Vital statistics of India. Vol. IV, Annual returns from 1871 to 1876. British Army of India, Native Army and jails of Bengal
Year: 1871
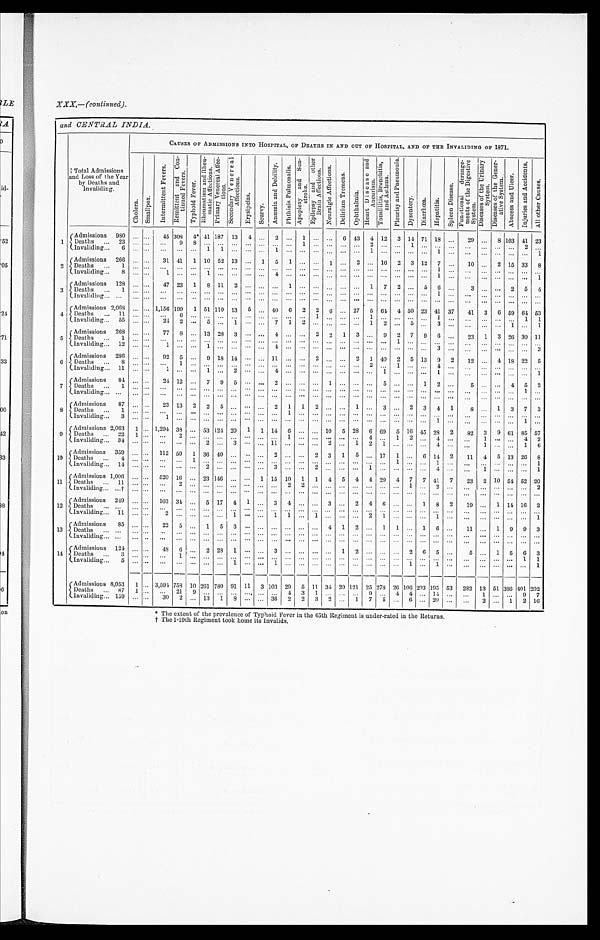
and CENTRAL INDIA.
T o t a l A d m i s s i o n s a n d L o s s o f t h e Y e a r b y D e a t h s a n d I n v a l i d i n g .
CAUSES OF ADMISSIONS INTO HOSPITAL, OF DEATHS IN AND OUT OF HOSPITAL, AND OF THE INVALIDING OF 1871.
C h o l e r a .
S m a l l p o x .
I n t e r m i t t e n t F e v e r s . R e m i t t e n t a n d C o n - t i n u e d F e v e r s .
T y p h o i d F e v e r .
R h e u m a t i s m a n d R h e u - m a t i c A f f e c t i o n s . P r i m a r y V e n e r e a l A f f e c - t i o n s .
S e c o n d a r y V e n e r e a l A f f e c t i o n s .
E r y s i p e l a s . S c u r v y .
A n æ m i a a n d D e b i l i t y .
P h t h i s i s P u l m o n a l i s .
A p o p l e x y a n d S u n - s t r o k e .
E p i l e p s y a n d o t h e r B r a i n A f f e c t i o n s .
N e u r a l g i c A f f e c t i o n s . D e h i r i u m T r e m e n s .
O p h t h a l m i a .
H e a r t D i s e a s e a n d A n e u r i s m .
T o n s i l i t i s , B r o n c h i t i s , a n d A s t h m a .
P l c u r i s y a n d P n e u m o n i a .
D y s e n t e r y .
D i a r r h œ a . H e p a t i t i s .
S p l e e n D i s e a s e .
F u n c t i o n a l d e r a n g e - m e n t s t h e D i g e s t i v e S y s t e m .
D i s e a s e s o f t h e U r i n a r y S y s t e m .
D i s e a s e s o f t h e G e n e r - a t i v e S y s t e m .
A b s c e s s a n d U l c e r .
I n j u r i e s a n d A c c i d e n t s .
A l l o t h e r C a u s e s .
1
A d m i s s i o n s 9 8 0
. . . . . . 4 5 3 0 8
4 * 4 1 1 8 7 1 3
4 . . .
2 . . .
1 . . . . . .
6 4 3
4 1 2
3 1 4 7 1 1 8 . . .
2 9 . . .
8 1 0 3 4 1 2 3
De a t h s 2 3
. . . . . . . . .
9 8 . . . . . . . . . . . . . . . . . . . . . 1 . . . . . . . . . . . . 2 . . . . . . 1 . . . . . . . . . . . .
. . . . . . . . . 2 . . .
I nval i di ng 6
. . . . . . . . .
. . . . . . 1 1 . . . . . . . . . 1 . . . . . . . . . . . . . . . . . . 1 . . . . . . . . . . . . 1 . . .
. . .
. . . . . . . . . . . .
1
2
A d m i s s i o n s 2 6 6
. . . . . .
3 1 4 1
1 1 0 5 2 1 3 . . .
1 5 1 . . . . . .
1 . . .
2 . . . 1 6
2 3 1 2
7 . . .
1 0 . . .
2 1 5 3 3
8
Deaths 1
. . . . . . . . .
. . . . . . . . . . . . . . . . . . . . . . . . . . . . . . . . . . . . . . . . . . . . . . . . . . . . . . . . . 1 . . . . . .
. . . . . . . . . . . . . . .
I n v a l i d i n g 8
. . . . . .
1 . . . . . .
1 . . . . . . . . . . . .
4 . . . . . . . . . . . . . . . . . . . . . . . . . . . . . . . . . 1 . . . . . .
. . . . . . . . . . . . 1
3
A d m i s s i o n s 1 2 8
. . . . . .
4 7 2 3
1 8 1 1
2 . . . . . . . . . 1 . . . . . . . . .
. . . . . .
1 7 2 . . .
5 6 . . .
3 . . . . . .
2 5 4
De a t h s 1
. . . . . . . . .
. . . . . . . . . . . . . . . . . . . . . . . . . . . . . . . . . . . . . . . . . . . . . . . . . . . . . . . . . 1 . . . . . .
. . . . . . . . . . . . . . .
I nval i di ng . . .
. . . . . . . . .
. . . . . . . . . . . . . . . . . . . . . . . . . . . . . . . . . . . . . . . . . . . . . . . . . . . . . . . . . . . . . . . . . .
. . . . . . . . . . . . . . .
4
A d m i s s i o n s 2 , 0 6 8
. . . . . . 1 , 1 5 6
1 9 9
1 5 1 1 1 0 1 3
5 . . . 4 0
6 2 2 6 . . . 2 7
5 6 4 4 5 0 2 3 4 1 3 7
4 1
3 6 5 9 6 4 5 3
D e a t h s 1 1
. . . . . . . . .
6 . . . . . . . . . . . . . . . . . . . . . . . . . . . 1 . . . . . .
. . . 1 . . .
. . . . . . . . . 1 . . .
. . .
. . . . . . . . .
1 1
I n v a l i d i n g 5 5
. . . . . .
2 4
2 . . .
5 . . .
1 . . . . . .
7 1 2 . . . . . . . . . . . . 1 2 . . . 5 . . .
3 . . .
. . . . . . . . . 1 . . . 1
5
A d m i s s i o n s 2 6 8
. . . . . .
7 7
8 . . . 1 3 2 8
3 . . . . . .
4 . . . . . .
2 2 1 3 . . .
9 2 7 9 6 . . .
2 3
1 3 2 6 3 0 1 1
De a t hs 1
. . . . . . . . .
. . . . . . . . . . . . . . . . . . . . . . . . . . . . . . . . . . . . . . . . . . . . . . . . 1 . . . . . . . . . . . . . . .
. . . . . . . . . . . . . . .
I n v a l i d i n g 1 2
. . . . . .
1 . . . . . .
1 . . . . . . . . . . . .
4 . . . . . . . . . . . . . . . . . . . . . . . . . . . . . .
. . . 3 . . . . . .
. . . . . . . . . . . . 3
6
A d m i s s i o n s 2 8 6
. . . . . .
9 2
5 . . .
9 1 8 1 4 . . . . . . 1 1 . . . . . .
2 . . .
. . .
2 1 4 0
2 5 1 3
9 2
1 2 . . .
4 1 8 2 2
5
D e a t h s 8
. . . . . . . . .
1 . . . . . . . . . . . . . . . . . . . . . . . . . . . . . . . . . . . . . . .
2 . . .
1 . . . . . . 4 . . . . . .
. . . . . . . . . . . . . . .
I n v a l i d i n g 1 1
. . . . . . 1
. . . . . . 1 . . . 2 . . . . . . 4 . . . . . . . . . . . . . . . . . . . . .
1 . . . . . . . . . 1 . . . . . .
. . . . . . . . . . . .
1
7
A d mi s s i o n s 8 4
. . . . . .
2 4 1 2 . . . 7
9 5 . . . . . . 2 . . . . . . . . . 1 . . . . . . . . . 5 . . . . . .
1 2 . . .
5 . . . . . .
4 5 2
De a t hs 1
. . . . . . . . .
. . . . . . . . . . . . . . . . . . . . . . . . . . . . . . . . . . . .
. . . . . . . . . . . . . . . . . . . . . . . . . . . . . .
. . . . . . . . .
1 . . .
I n v a l i d i n g . . .
. . . . . . . . .
. . . . . . . . . . . . . . . . . . . . . . . . . . . . . . . . . . . . . . . . . . . . . . . . . . . . . . . . . . . . . . . . . .
. . . . . . . . . . . .
. . .
8
A d mi s s i o n s 8 7
. . . . . .
2 3 1 3
2 2 5 . . . . . . . . .
2 1 1 2 . . . . . .
1 . . .
3 . . .
2 3 4 1
8 . . .
1 3 7 3
D e a t h s 1
. . . . . . . . .
. . . . . . . . . . . . . . . . . . . . . . . .
1 . . . . . . . . . . . . . . . . . . . . . . . . . . . . . . . . . . . . . . .
. . . . . . . . . . . . . . .
I n v a l i d i n g 3
. . . . . . 1
. . . . . . . . . . . . . . . . . . . . . . . . . . . . . . . . . . . . . . . . . . . . . . . . . . . . . . . . . 1 . . . . . .
. . . . . . . . . 1 . . .
9
A d m i s s i o n s 2 , 6 0 3
1 . . . 1 , 2 9 4
3 8 . . . 5 3 1 2 4 2 0 1
1 1 4
6 . . . . . .
1 0
5 2 8
6 6 9
5 1 6 4 5 2 8
2
8 2
3 9 6 1 8 5 5 7
D e a t h s 2 2
1 . . . . . .
2 . . . . . . . . . . . . . . . . . . . . . 1 . . . . . . . . . . . . . . . 4 . . . 1 2 . . . 4 . . . . . .
1 . . . . . . 4 2
I n v a l i d i n g 3 4
. . . . . . . . .
. . . . . . 2 . . . 3 . . . . . . 1 1 . . . . . . . . . 2 . . . 1 2 1 . . . . . . . . . 4 . . . . . .
1 . . . . . . 1 6
10
A d m i s s i o n s 3 5 9
. . . . . . 1 1 2
5 0
1 3 6 4 0 . . . . . . . . .
2 . . . . . .
2 3 1 5 . . . 1 7
1 . . .
6 1 4
2
1 1
4 5 1 3 2 6
8
D e a t h s 4
. . . . . . . . .
. . .
1 . . . . . . . . . . . . . . . . . . . . . . . . . . . . . . . . . . . . . . . . . . 1 . . . . . . 1 . . . . . .
. . . . . . . . . . . . 1
I nval i di ng 14
. . . . . . . . .
. . . . . . 2 . . . . . . . . . . . . 3 . . . . . . 2
. . . . . . . . . 1 . . . . . . . . . . . . 4 . . . . . .
1 . . . . . . . . . 1
11
A d m i s s i o n s 1 , 0 0 6
. . . . . . 5 2 0
1 6 . . . 2 3 1 4 6 . . . . . . 1 1 5
1 0
1 1 4 5 4 4 2 9
4 7 7 4 1
7
2 3
2 1 0 5 4 5 2 2 0
De a t h s 1 1
. . . . . . . . .
2 . . . . . . . . . . . . . . . . . . . . . 2 2 . . . . . . . . . . . . . . . . . . . . . 1 . . . 2 . . . . . .
. . . . . . . . . . . . 2
I n v a l i d i n g . . . †
. . . . . . . . .
. . . . . . . . . . . . . . . . . . . . . . . . . . .
. . . . . . . . . . . . . . . . . . . . . . . . . . . . . .
. . . . . .
. . .
. . . . . . . . . . . . . . .
12
A d m i s s i o n s 2 4 9
. . . . . . 1 0 3
3 4 . . .
5 1 7
4
1 . . .
3 4 . . .
. . .
3 . . .
2 4 6 . . . . . .
1 8 2
1 9 . . .
1 1 4 1 6
2
De a t hs . . .
. . . . . . . . .
. . . . . . . . . . . . . . . . . . . . .
. . . . . . . . . . . . . . .
. . . . . . . . . . . . . . . . . . . . . . . . . . . . . .
. . . . . . . . . . . . . . .
I nval i di ng 11
. . . . . . 2
. . . . . . . . . . . . 1 . . . . . . 1 1 . . . 1 . . . . . . . . . 2 1 . . . . . . . . . 1 . . . . . .
. . . . . . . . . . . .
1
13
Ad mi s s i o n s 8 5
. . . . . .
2 2 5 . . .
1 5 3 . . . . . .
. . . . . . . . . . . .
4 1 2 . . .
1 1 . . .
1 6 . . .
1 1 . . .
1 9 9 3
D e a t h s . . .
. . . . . . . . .
. . . . . . . . . . . . . . . . . . . . . . . . . . . . . . . . .
. . . . . . . . . . . .
. . . . . . . . . . . . . . . . . .
. . .
. . . . . . . . .
. . . . . .
I n v a l i d i n g . . .
. . . . . .
. . . . . . . . . . . . . . . . . .
. . . . . .
. . . . . . . . .
. . . . . . . . . . . . . . . . . . . . . . . . . . . . . . . . .
. . .
. . . . . . . . . . . . . . .
14
A d m i s s i o n s 1 2 4
. . . . . .
4 8
6 . . .
2 2 8
1 . . . . . .
3 . . . . . . . . . . . .
1 2 . . . . . . . . .
2 6 5 . . .
5 . . .
1 5 6 3
Deat hs 3
. . . . . . . . .
1 . . . . . . . . . . . . . . .
. . . . . . . . . . . . . . . . . . . . .
. . . . . . . . . . . . . . . . . . . . . . . . . . .
. . . . . . . . . 1 1
I nval i di ng 5
. . . . . . . . .
. . . . . . . . . . . . 1 . . . . . . 1 . . . . . . . . . . . .
. . . . . .
. . . . . . . . . 1 . . . 1 . . . . . .
. . . . . . . . . . . . 1
A d m i s s i o n s 8 , 0 5 3
1 . . . 3 , 5 9 4
7 5 8
1 0 2 6 1 7 8 0 9 1 1 1 3 1 0 3
2 9 5
1 1 3 4 2 0 1 2 1
2 5 2 7 8 2 6 1 0 6 2 0 3 1 9 5 5 3
2 8 2 1 3
5 1 3 8 6 4 0 1 2 0 2
D e a t h s 8 7
1 . . . . . .
2 1 9 . . . . . .
. . . . . . . . . . . . 4
3 1 . . . . . . . . . 9 . . .
4 4 . . . 1 4
. . . . . .
1 . . . . . . 9 7
I n v a l i d i n g 1 5 9
. . . . . .
3 0
2 . . . 1 3
1 8 . . . . . .
3 6
2 2 3 2 . . .
1 7 5 . . . 6 . . . 2 0 . . .
. . .
2 . . .
1 2 1 6
* The extent of the preval ence of Typhoi d Fever i n the 65th Regi ment i s under-rated i n the Returns.
† The 1-19th Regiment took home its Invalids.